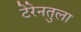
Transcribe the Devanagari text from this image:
टेरेनतुला